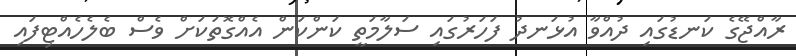
ރާއްޖޭގެ ކަނޑުގައި ދުއްވާ އުޅަނދު ފަހަރުގައި ސަލާމަތީ ކަންކަން އެއްގޮތަކަށް ވެސް ބެލެހެއްޓިފައި